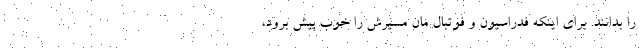
را بدانند. برای اینکه فدراسیون و فوتبال ‌مان مسیرش را خوب پیش برود،